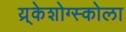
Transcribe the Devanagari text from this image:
य्र्केशोग्स्कोला